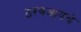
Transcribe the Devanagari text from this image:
ठरवआयचे